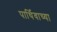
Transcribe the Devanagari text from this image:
पार्थिवाच्या